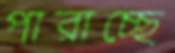
পারাচ্ছে